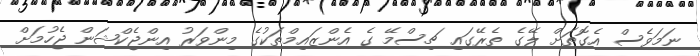
ނަމަވެސް އެގޮތަށް ލޭގެ ތެރޭގައި ޗިސްމޭ ގެ އެންޒައިމްތަކުގެ މިންވަރު އިންޖެކްޝަން ޖެހުމަށް